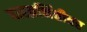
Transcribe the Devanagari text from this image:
बाहय़भिंतीवर